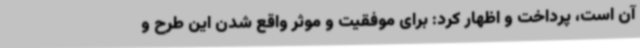
آن است، پرداخت و اظهار کرد: برای موفقیت و موثر واقع شدن این طرح و